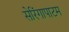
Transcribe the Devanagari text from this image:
सेरिंगापाटम